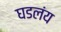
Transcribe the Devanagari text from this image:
घडलंय